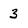
Character: 3